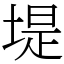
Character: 堤